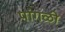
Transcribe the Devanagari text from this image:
पांगळी